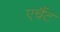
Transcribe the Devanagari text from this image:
एचैंट